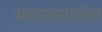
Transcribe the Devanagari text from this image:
भांडारघरातील